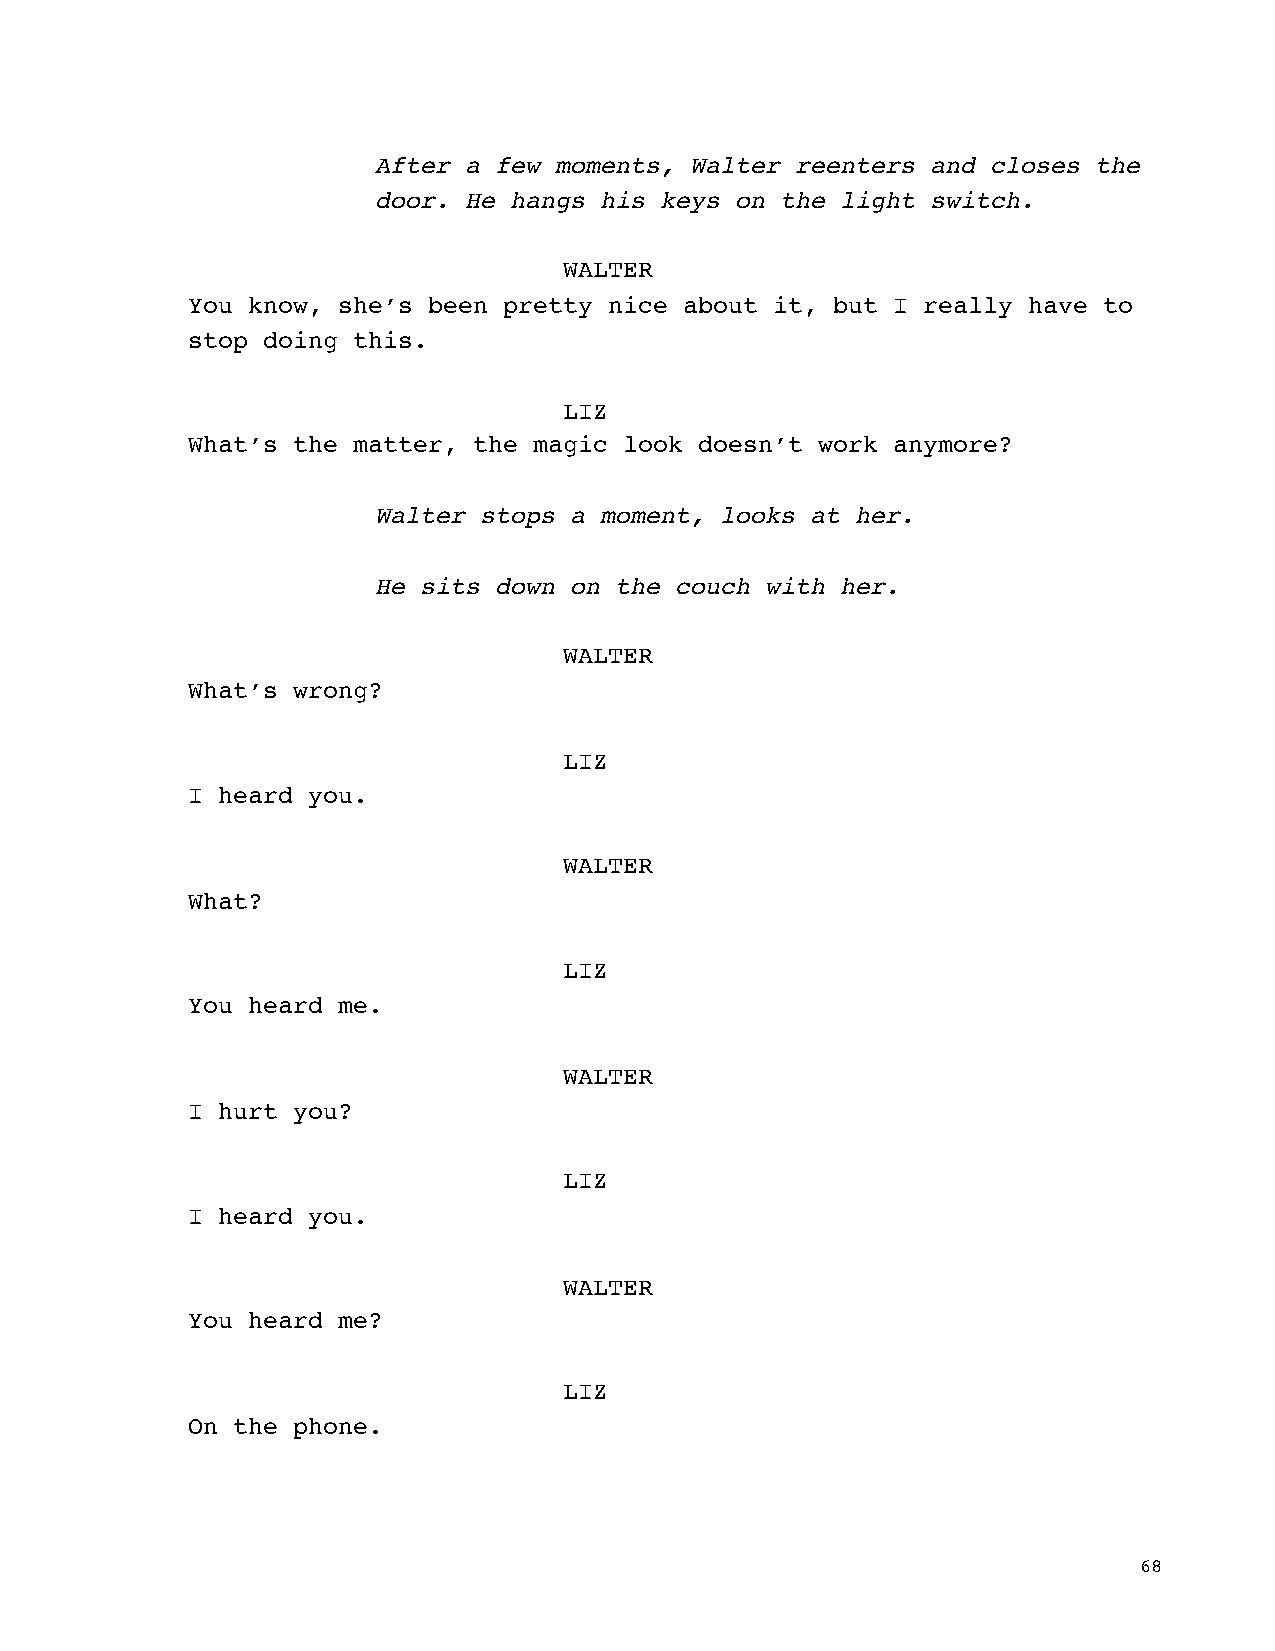
After a few moments, Walter reenters and closes the
 door. He hangs his keys on the light switch.
 WALTER
 You know, she’s been pretty nice about it, but I really have to
 stop doing this.
 LIZ
 What’s the matter, the magic look doesn’t work anymore?
 Walter stops a moment, looks at her.
 He sits down on the couch with her.
 WALTER
 What’s wrong?
 LIZ
 I heard you.
 WALTER
 What?
 LIZ
 You heard me.
 WALTER
 I hurt you?
 LIZ
 I heard you.
 WALTER
 You heard me?
 LIZ
 On the phone.
 68